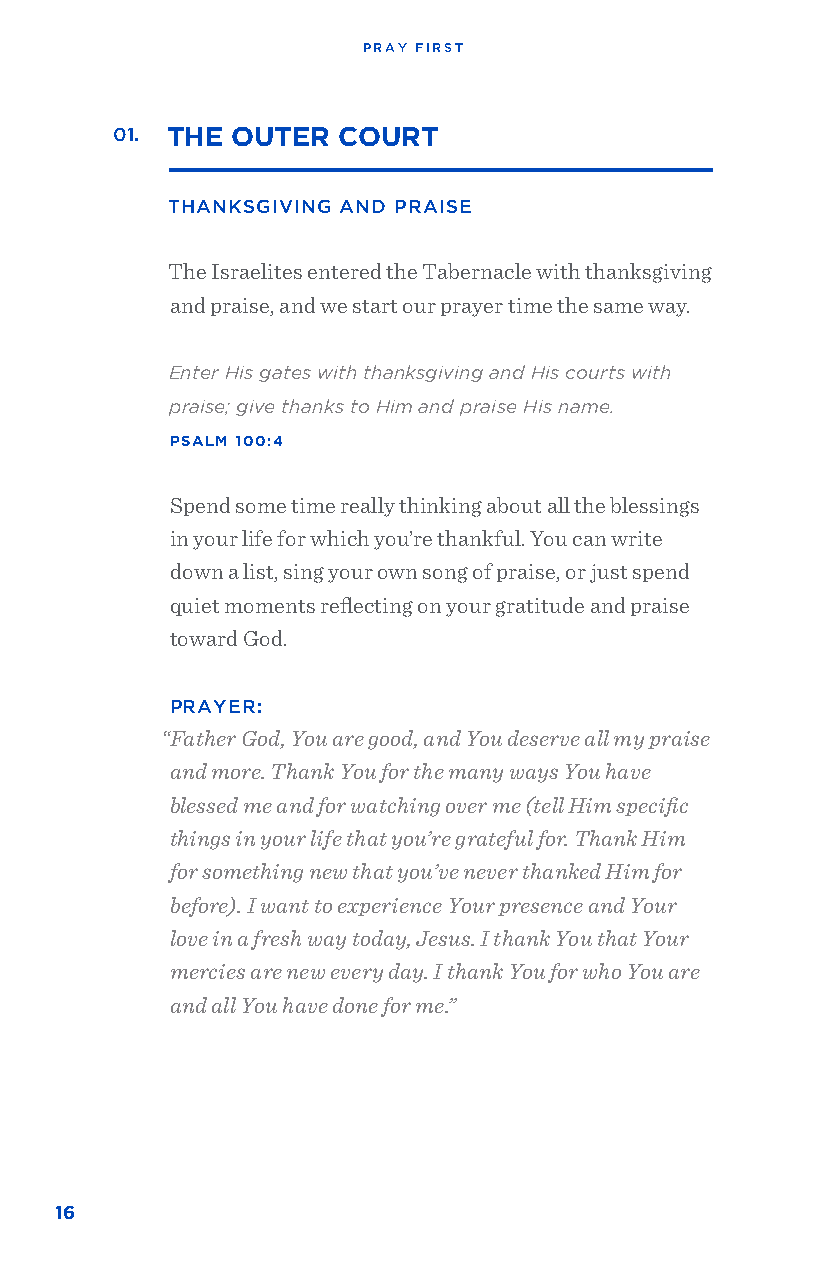
PRAY FIRST
 01. THE OUTER  COURT
 THANKSGIVING AND PRAISE
 The Israelites entered the Tabernacle with thanksgiving
 and praise, and we start our prayer time the same way.
 Enter His gates with thanksgiving and His courts with
 praise; give thanks to Him and praise His name.
 PSALM 100:4
 Spend some time really thinking about all the blessings
 in your life for which you’re thankful. You can write
 down a list, sing your own song of praise, or just spend
 quiet moments reflecting on your gratitude and praise
 toward God.
 PRAYER:
 “Father God, You are good, and You deserve all my praise
 and more. Thank You for the many ways You have
 blessed me and for watching over me (tell Him specific
 things in your life that you’re grateful for. Thank Him
 for something new that you’ve never thanked Him for
 before). I want to experience Your presence and Your
 love in a fresh way today, Jesus. I thank You that Your
 mercies are new every day. I thank You for who You are
 and all You have done for me.”
 16